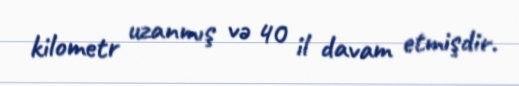
kilometr uzanmış və 40 il davam etmişdir.